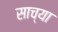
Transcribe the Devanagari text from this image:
साच्या